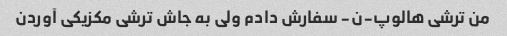
من ترشی هالوپ-ن- سفارش دادم ولی به جاش ترشی مکزیکی آوردن